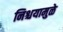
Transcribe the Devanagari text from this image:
निश्चयामुळे